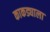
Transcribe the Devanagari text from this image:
काकड्याला